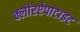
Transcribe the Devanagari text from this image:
क्लोरऐपाटाइट